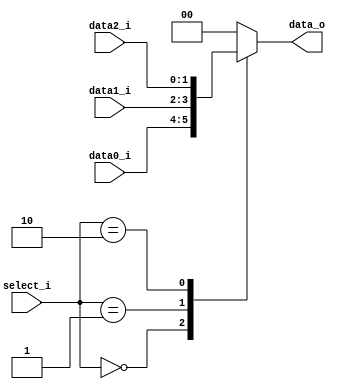
module MUX_3to1(
               data0_i,
               data1_i,
               data2_i,
               select_i,
               data_o
               );

parameter size = 0;			   
			
//I/O ports               
input   [size-1:0] data0_i;          
input   [size-1:0] data1_i;
input   [size-1:0] data2_i;
input   [2-1:0]    select_i;
output  [size-1:0] data_o; 

//Internal Signals
reg     [size-1:0] data_o;

//Main function
always @(*)begin
    case ( select_i)
        2'b00:data_o <=data0_i;
        2'b01:data_o <=data1_i;
        2'b10:data_o <=data2_i;
        default: 
            data_o <= {size{1'bx}};
    endcase
end
endmodule